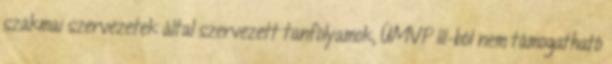
szakmai szervezetek által szervezett tanfolyamok, ÚMVP III-ból nem támogatható